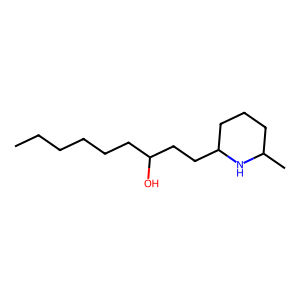
SMILES: CCCCCCC(O)CCC1CCCC(C)N1
Inhibits HIV replication: No